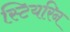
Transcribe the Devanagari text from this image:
स्टियरिन